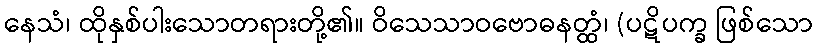
နေသံ၊ ထိုနှစ်ပါးသောတရားတို့၏။ ဝိသေသာဝဗောဓနတ္ထံ၊ (ပဋိပက္ခ ဖြစ်သော